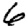
Digit: 6